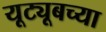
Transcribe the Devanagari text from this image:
यूट्यूबच्या